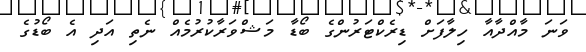
ވަނަ މާއްދާއާ ހިލާފަށް ޑިރެކްޓަރުންގެ ބޯޑާ މަޝްވަރާކުރުމެއް ނެތި އަދި އެ ބޯޑުގެ